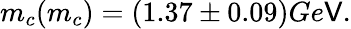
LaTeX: m_{c}(m_{c})=(1.37\pm0.09)Ge\mathsf{V}.